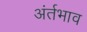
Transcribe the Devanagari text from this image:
अंर्तभाव